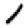
Digit: 1